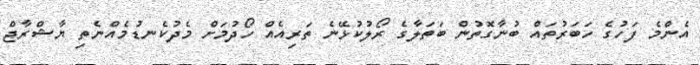
އެންމެ ފަހުގެ ހަބަރުތައް ބުނާގޮތުން ބަތަލާގެ ރޯލުކުޅޭނެ ތަރިއެއް ހޯދުމަށް މެދުކެނޑުމެއްނެތި ޔާޝްރާޖް